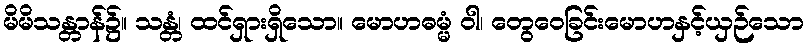
မိမိသန္တာန်၌။ သန္တံ၊ ထင်ရှားရှိသော။ မောဟဓမ္မံ ဝါ၊ တွေဝေခြင်းမောဟနှင့်ယှဉ်သော